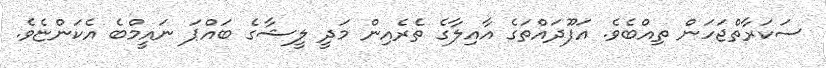
ސަކަރާތްޖަހަން ތިއްބެވެ. އަފޫދައްތަގެ އާއިލާގެ ތެރެއިން މަދީ ލީޝާގެ ބައްޕަ ނައީމްބެ އެކަންޏެވެ.